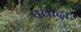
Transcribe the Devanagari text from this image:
पवादा